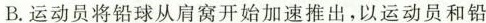
B.运动员将铅球从肩窝开始加速推出，以运动员和铅